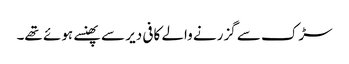
سڑک سے گزرنے والے کافی دیر سے پھنسے ہوئے تھے۔